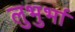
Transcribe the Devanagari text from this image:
लुभुर्भा